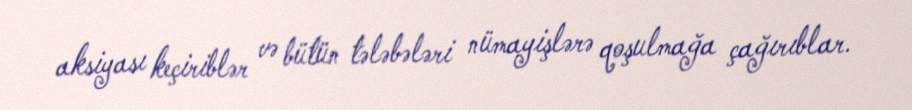
aksiyası keçiriblər və bütün tələbələri nümayişlərə qoşulmağa çağırıblar.